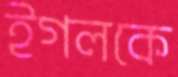
ইগলকে